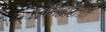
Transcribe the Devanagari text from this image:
प्रतिद्वंद्विओं